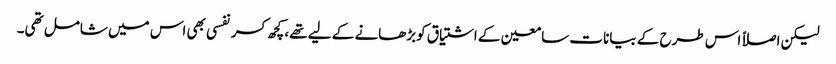
لیکن اصلاً اس طرح کے بیانات سامعین کے اشتیاق کوبڑھانے کے لیے تھے، کچھ کسرنفسی بھی اس میں شامل تھی۔